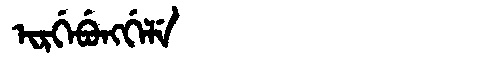
Manchu: ᡳᡵᡤᡝᠪᡠᠩᡤᡝᠯᡝ
Romanization: IRGEBUNGGELE